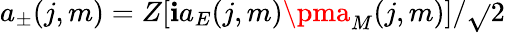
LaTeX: a_{\pm}(j,m)=Z[\mathbf{i}a_{E}(j,m)\pma_{M}(j,m)]/\sqrt{}{{2}}